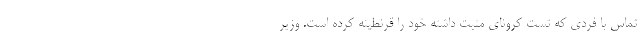
تماس با فردی که تست کرونای مثبت داشته خود را قر‌نطینه کرده است. وزیر